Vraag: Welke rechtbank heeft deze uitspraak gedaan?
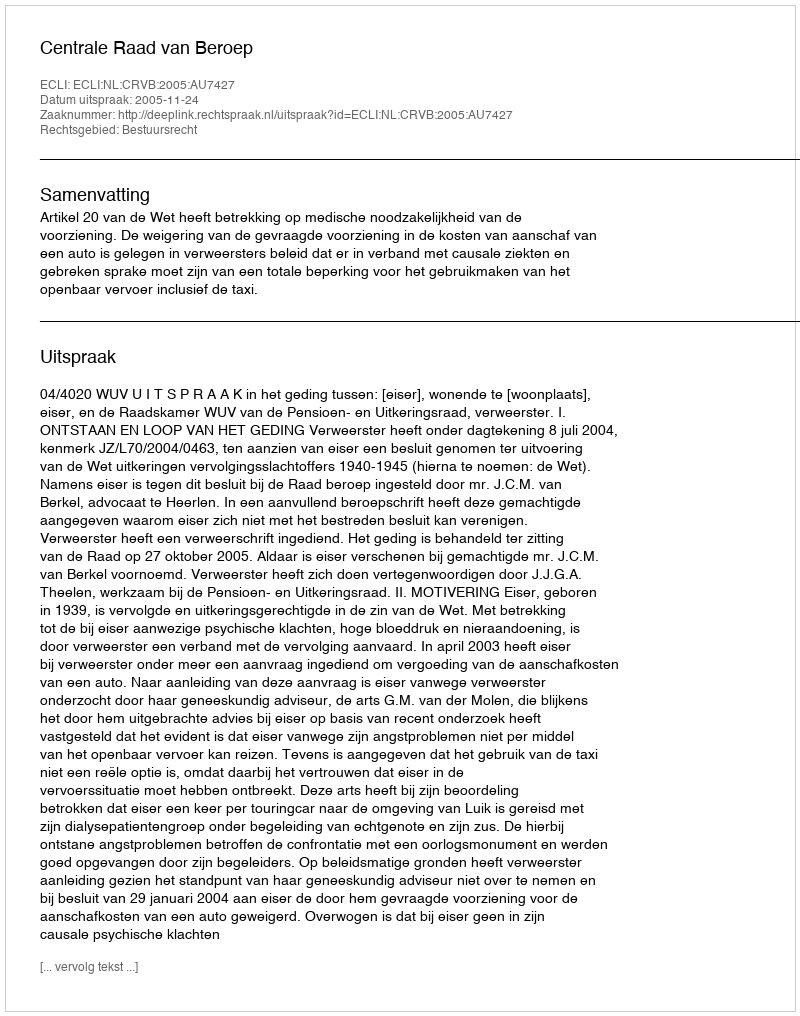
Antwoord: Centrale Raad van Beroep